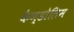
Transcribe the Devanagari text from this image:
कैण्डोलिम